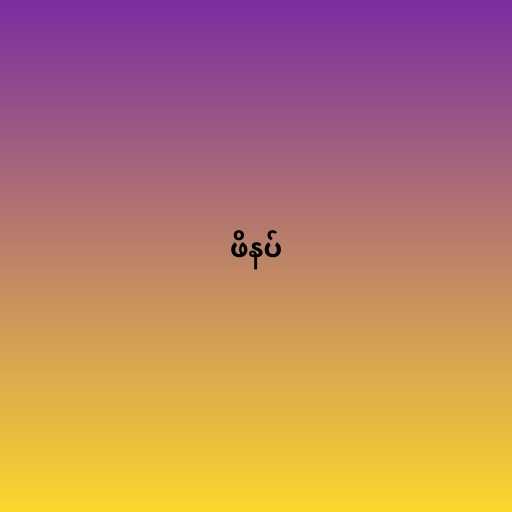
ဖိနပ်